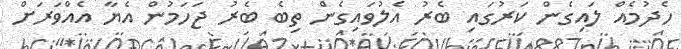
ހެދުމެއް ލައިގެން ކަރުގައި ބެރު އެލުވައިގެން ތިބެ ބެރު ޖަހަމުން އެޔާ އެއްވަރަށް